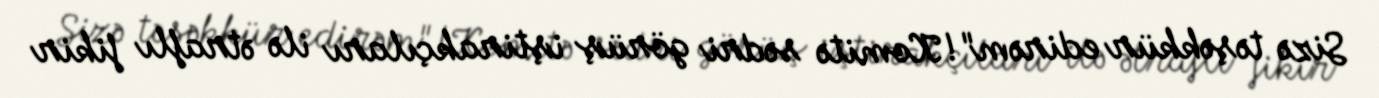
Sizə təşəkkür edirəm"!Komitə sədri görüş iştirakçıları ilə ətraflı fikir